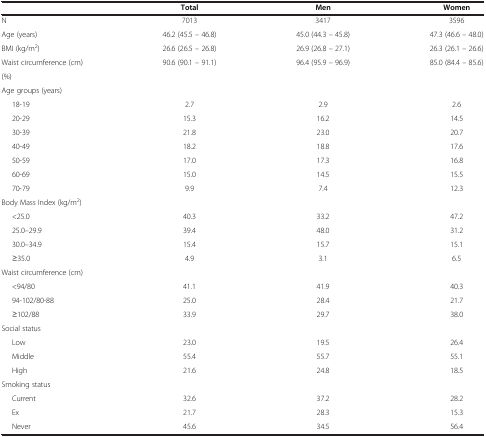
<table><thead><tr><td><b> </b></td><td><b>Total</b></td><td><b>Men</b></td><td><b>Women</b></td></tr></thead><tbody><tr><td>N</td><td>7013</td><td>3417</td><td>3596</td></tr><tr><td>Age (years)</td><td>46.2 (45.5 – 46.8)</td><td>45.0 (44.3 – 45.8)</td><td>47.3 (46.6 – 48.0)</td></tr><tr><td>BMI (kg/m<sup>2</sup>)</td><td>26.6 (26.5 – 26.8)</td><td>26.9 (26.8 – 27.1)</td><td>26.3 (26.1 – 26.6)</td></tr><tr><td>Waist circumference (cm)</td><td>90.6 (90.1 – 91.1)</td><td>96.4 (95.9 – 96.9)</td><td>85.0 (84.4 – 85.6)</td></tr><tr><td>(%)</td><td> </td><td> </td><td> </td></tr><tr><td>Age groups (years)</td><td> </td><td> </td><td> </td></tr><tr><td>18-19</td><td>2.7</td><td>2.9</td><td>2.6</td></tr><tr><td>20-29</td><td>15.3</td><td>16.2</td><td>14.5</td></tr><tr><td>30-39</td><td>21.8</td><td>23.0</td><td>20.7</td></tr><tr><td>40-49</td><td>18.2</td><td>18.8</td><td>17.6</td></tr><tr><td>50-59</td><td>17.0</td><td>17.3</td><td>16.8</td></tr><tr><td>60-69</td><td>15.0</td><td>14.5</td><td>15.5</td></tr><tr><td>70-79</td><td>9.9</td><td>7.4</td><td>12.3</td></tr><tr><td>Body Mass Index (kg/m<sup>2</sup>)</td><td> </td><td> </td><td> </td></tr><tr><td>&lt;25.0</td><td>40.3</td><td>33.2</td><td>47.2</td></tr><tr><td>25.0–29.9</td><td>39.4</td><td>48.0</td><td>31.2</td></tr><tr><td>30.0–34.9</td><td>15.4</td><td>15.7</td><td>15.1</td></tr><tr><td>≥35.0</td><td>4.9</td><td>3.1</td><td>6.5</td></tr><tr><td>Waist circumference (cm)</td><td> </td><td> </td><td> </td></tr><tr><td>&lt;94/80</td><td>41.1</td><td>41.9</td><td>40.3</td></tr><tr><td>94-102/80-88</td><td>25.0</td><td>28.4</td><td>21.7</td></tr><tr><td>≥102/88</td><td>33.9</td><td>29.7</td><td>38.0</td></tr><tr><td>Social status</td><td> </td><td> </td><td> </td></tr><tr><td>Low</td><td>23.0</td><td>19.5</td><td>26.4</td></tr><tr><td>Middle</td><td>55.4</td><td>55.7</td><td>55.1</td></tr><tr><td>High</td><td>21.6</td><td>24.8</td><td>18.5</td></tr><tr><td>Smoking status</td><td> </td><td> </td><td> </td></tr><tr><td>Current</td><td>32.6</td><td>37.2</td><td>28.2</td></tr><tr><td>Ex</td><td>21.7</td><td>28.3</td><td>15.3</td></tr><tr><td>Never</td><td>45.6</td><td>34.5</td><td>56.4</td></tr></tbody></table>